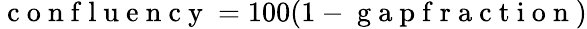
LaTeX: \mathrm{~c~o~n~f~l~u~e~n~c~y~}=100(1-\mathrm{~g~a~p~f~r~a~c~t~i~o~n~})